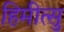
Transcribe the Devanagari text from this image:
हिमीत्सु